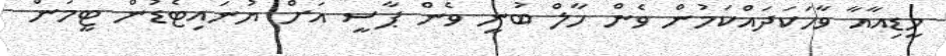
މީޑިއާއާ ވާހަކަދައްކަމުން ވެން ހާލް ބުނީ ވެން ޕާސީ އަށް ޔުނައިޓެޑުން ޓީމުން